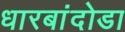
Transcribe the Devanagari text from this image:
धारबांदोडा